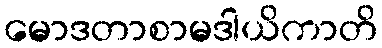
မောဒတာစာမဒါယိကာတိ